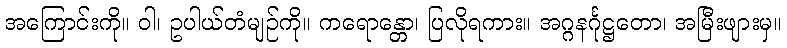
အကြောင်းကို။ ဝါ၊ ဥပါယ်တံမျဉ်ကို။ ကရောန္တော၊ ပြလိုရကား။ အဂ္ဂနင်္ဂုဋ္ဌတော၊ အမြီးဖျားမှ။